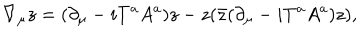
LaTeX: \nabla _ { \mu } z = ( \partial _ { \mu } - i T ^ { a } A ^ { a } ) z - z ( \bar { z } ( \partial _ { \mu } - i T ^ { a } A ^ { a } ) z ) ,